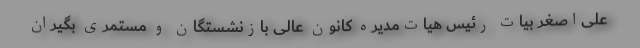
علی‌اصغر بیات رئیس هیات‌مدیره کانون عالی بازنشستگان و مستمری بگیران